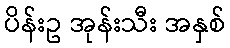
ပိန်းဥ အုန်းသီး အနှစ်